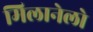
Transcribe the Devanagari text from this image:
मिलानेलो